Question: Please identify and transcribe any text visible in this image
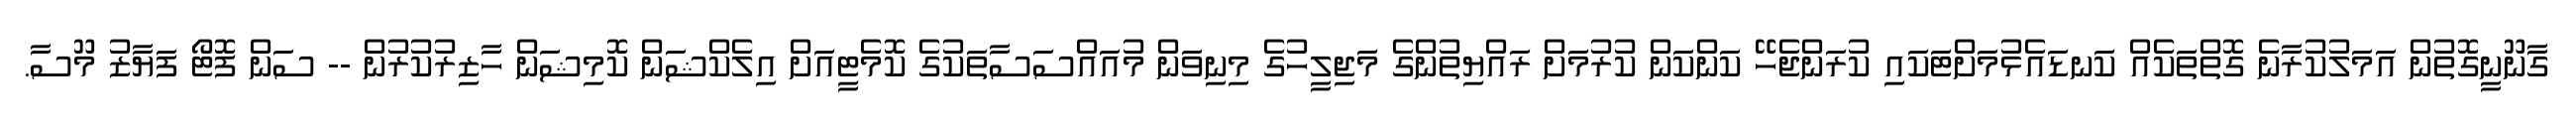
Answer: ގާނޫނީގޮތުން އަމަލުކުރާނެ ގޮތްތަކެއް ކަނޑައެޅުމަށްޓަކައި ކުރަންޖެހޭ ކަންކަން ކުރުމަށް ރައްޔިތުންގެ މަޖިލީހުގެ މިނިވަން މުއައްސަސާތަކުގެ ކޮމެޓީއަށް އިލެކްޝަން ކޮމިޝަން ހާޒިރުކުރުން -- ސަން ފޮޓޯ ފަޔާޒު މޫސާ.